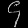
Digit: ၄